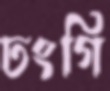
ঢংগি